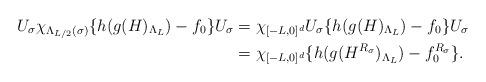
LaTeX: \begin{align*}U_{\sigma}\chi_{\Lambda_{L/2}(\sigma)} \{ h(g(H)_{\Lambda_L})-f_0 \} U_{\sigma} &= \chi_{[-L,0]^d}U_{\sigma}\{ h(g(H)_{\Lambda_L})-f_0 \}U_{\sigma} \\&= \chi_{[-L,0]^d} \{ h(g(H^{R_{\sigma}})_{\Lambda_L})-f^{R_{\sigma}}_0 \} .\end{align*}